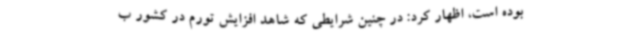
بوده است، اظهار کرد: در چنین شرایطی که شاهد افزایش تورم در کشور ب